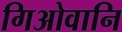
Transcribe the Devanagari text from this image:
गिओवानि